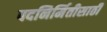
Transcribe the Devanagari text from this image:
पदनिर्मितीसाठी